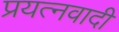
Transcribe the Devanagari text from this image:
प्रयत्नवादी